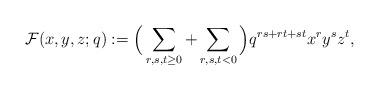
LaTeX: \begin{align*}\mathcal{F}(x,y,z;q):=\Big ( \sum_{r,s,t \ge 0}+\sum_{r,s,t<0} \Big)q^{rs+rt+st}x^ry^sz^t,\end{align*}